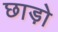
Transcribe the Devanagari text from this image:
छाड़ो